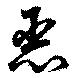
悪